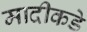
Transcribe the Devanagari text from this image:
मादीकडे